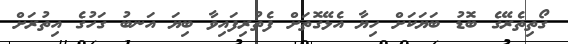
ގޯތިތެރޭގެ ބޮޑު ބަޔަކަށް ހިޔާ އެޅޭގޮތަށް ފެތުރިފައިވާ ބިޔަ އަނބު ގަހުގެ އިތުރަށް